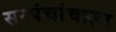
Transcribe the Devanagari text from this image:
सरपंचांचाला